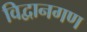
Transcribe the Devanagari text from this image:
विद्वानगण